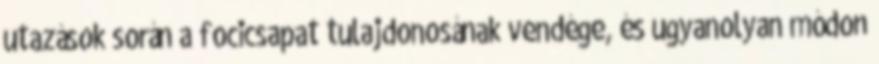
utazások során a focicsapat tulajdonosának vendége, és ugyanolyan módon